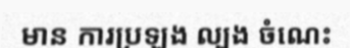
មាន ការប្រឡង ល្បង ចំណេះ